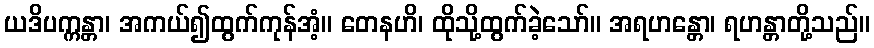
ယဒိပက္ကန္တာ၊ အကယ်၍ထွက်ကုန်အံ့။ တေနဟိ၊ ထိုသို့ထွက်ခဲ့သော်။ အရဟန္တော၊ ရဟန္တာတို့သည်။